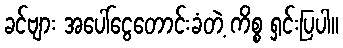
ခင်ဗျား အပေါ်ငွေတောင်းခံတဲ့ ကိစ္စ ရှင်းပြပါ။